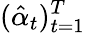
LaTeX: (\hat{\alpha}_{t})_{t=1}^{T}